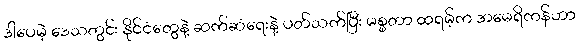
ဒါပေမဲ့ ဒေသတွင်း နိုင်ငံတွေနဲ့ ဆက်ဆံရေးနဲ့ ပတ်သက်ပြီး မစ္စတာ ထရမ့်က အမေရိကန်ဟာ